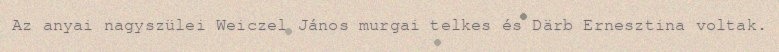
Az anyai nagyszülei Weiczel János murgai telkes és Därb Ernesztina voltak.